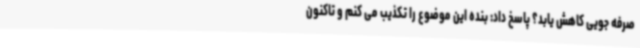
صرفه جویی کاهش یابد؟ پاسخ داد: بنده این موضوع را تکذیب می کنم و تاکنون